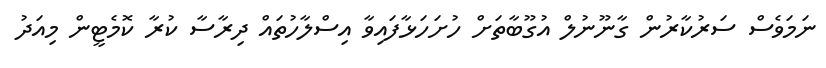
ނަމަވެސް ސަރުކާރުން ގާނޫނުލް އުގޫބާތަށް ހުށަހަޅާފައިވާ އިސްލާހުތައް ދިރާސާ ކުރާ ކޮމެޓީން މިއަދު